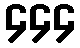
၄၄၄